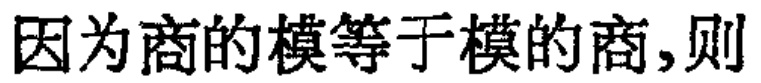
因为商的模等于模的商,则